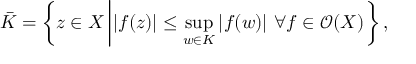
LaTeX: { \bar { K } } = \left\{ z \in X \left| | f ( z ) | \leq \operatorname* { s u p } _ { w \in K } | f ( w ) | \ \forall f \in { \mathcal { O } } ( X ) \right. \right\} ,